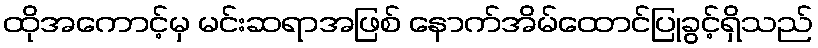
ထိုအကောင့်မှ မင်းဆရာအဖြစ် နောက်အိမ်ထောင်ပြုခွင့်ရှိသည်